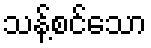
သန့်စင်သော